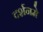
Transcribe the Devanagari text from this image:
दर्शनमे